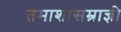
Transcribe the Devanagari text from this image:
तमाशासम्राज्ञी